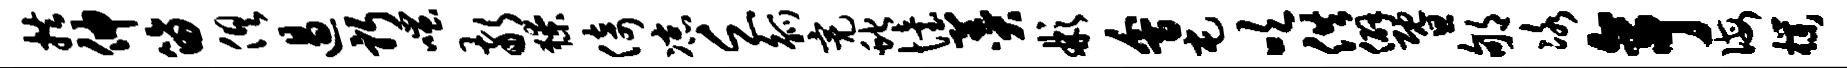
拱伸笛俱遏躬嗤敬獠倚凉乏觚亮蛇怡羹彬会屯吹供僻暨郇冰亭诲朴